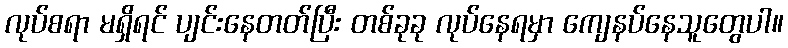
လုပ်စရာ မရှိရင် ပျင်းနေတတ်ပြီး တစ်ခုခု လုပ်နေရမှာ ကျေနပ်နေသူတွေပါ။